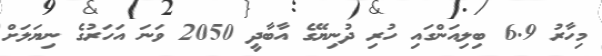
މިހާރު 6.9 ބިލިއަންގައި ހުރި ދުނިޔޭގެ އާބާދީ 2050 ވަނަ އަހަރުގެ ނިޔަލަށް